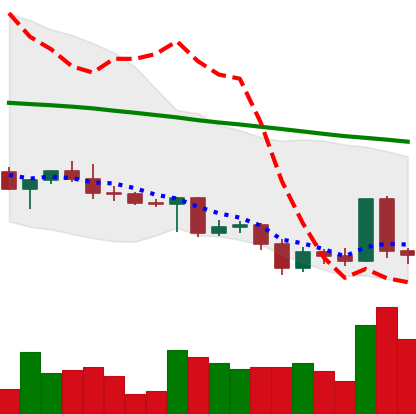
Ticker: ADA-USD
Chart end date: 2022-05-06
Forward return: -34.538%
Label: down_7plus